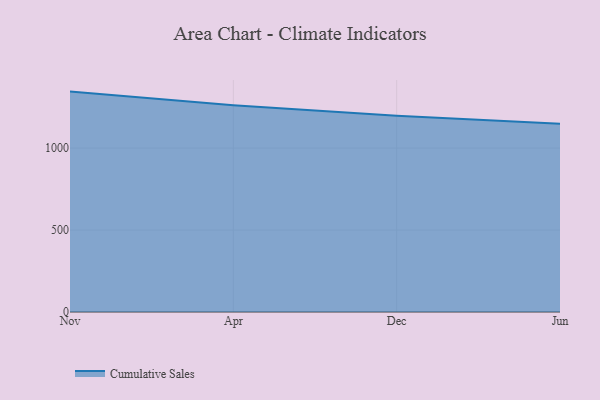
{"axis": {"x": "Month", "y": "Latency (ms)"}, "legend": ["Cumulative Sales"], "data": [{"x": "Nov", "y": 1344.8, "type": "Cumulative Sales"}, {"x": "Apr", "y": 1261.6, "type": "Cumulative Sales"}, {"x": "Dec", "y": 1197.7, "type": "Cumulative Sales"}, {"x": "Jun", "y": 1149.2, "type": "Cumulative Sales"}]}